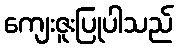
ကျေးဇူးပြုပါသည်